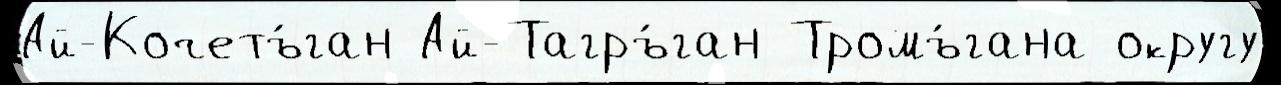
Ай-Кочетъ́ган Ай-Тагръ́ган Тромъ́гана округу